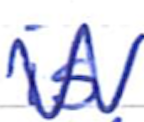
Text: is
Cross-out: zig-zag
Writing tool: ballpoint